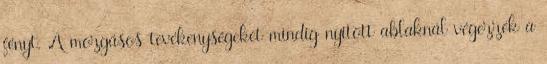
fényt. A mozgásos tevékenységeket mindig nyitott ablaknál végezzék a